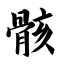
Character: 骸